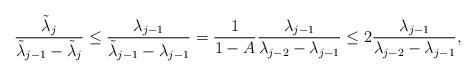
LaTeX: \begin{align*} \frac{\tilde\lambda_{j}}{\tilde\lambda_{j-1}-\tilde\lambda_j}\leq \frac{\lambda_{j-1}}{\tilde\lambda_{j-1}-\lambda_{j-1}}=\frac{1}{1-A}\frac{\lambda_{j-1}}{\lambda_{j-2}-\lambda_{j-1}}\leq 2\frac{\lambda_{j-1}}{\lambda_{j-2}-\lambda_{j-1}},\end{align*}